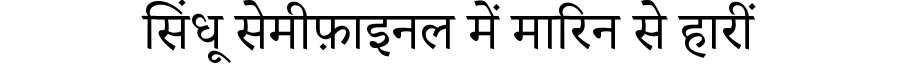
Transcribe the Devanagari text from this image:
सिंधू सेमीफ़ाइनल में मारिन से हारीं